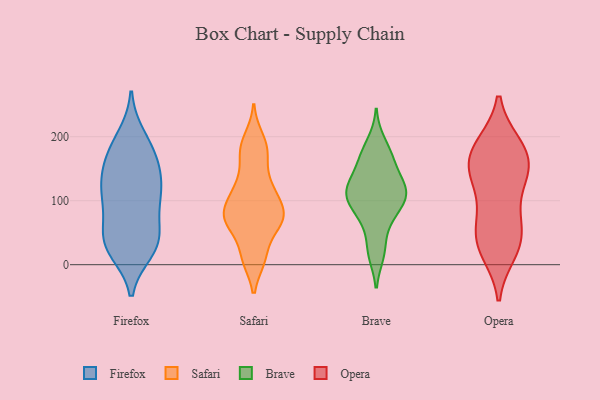
{"axis": {"x": "Bounce Rate (%)", "y": "Value"}, "legend": ["Brave", "Firefox", "Opera", "Safari"], "data": [{"x": "", "y": 111, "type": "Firefox"}, {"x": "", "y": 143, "type": "Firefox"}, {"x": "", "y": 181, "type": "Firefox"}, {"x": "", "y": 32, "type": "Firefox"}, {"x": "", "y": 199, "type": "Firefox"}, {"x": "", "y": 34, "type": "Firefox"}, {"x": "", "y": 159, "type": "Firefox"}, {"x": "", "y": 104, "type": "Firefox"}, {"x": "", "y": 42, "type": "Firefox"}, {"x": "", "y": 179, "type": "Firefox"}, {"x": "", "y": 145, "type": "Firefox"}, {"x": "", "y": 43, "type": "Firefox"}, {"x": "", "y": 33, "type": "Firefox"}, {"x": "", "y": 23, "type": "Firefox"}, {"x": "", "y": 120, "type": "Firefox"}, {"x": "", "y": 86, "type": "Firefox"}, {"x": "", "y": 104, "type": "Firefox"}, {"x": "", "y": 90, "type": "Safari"}, {"x": "", "y": 12, "type": "Safari"}, {"x": "", "y": 10, "type": "Safari"}, {"x": "", "y": 65, "type": "Safari"}, {"x": "", "y": 114, "type": "Safari"}, {"x": "", "y": 197, "type": "Safari"}, {"x": "", "y": 10, "type": "Safari"}, {"x": "", "y": 183, "type": "Safari"}, {"x": "", "y": 80, "type": "Safari"}, {"x": "", "y": 129, "type": "Safari"}, {"x": "", "y": 122, "type": "Safari"}, {"x": "", "y": 176, "type": "Safari"}, {"x": "", "y": 67, "type": "Safari"}, {"x": "", "y": 169, "type": "Safari"}, {"x": "", "y": 70, "type": "Safari"}, {"x": "", "y": 80, "type": "Safari"}, {"x": "", "y": 108, "type": "Safari"}, {"x": "", "y": 62, "type": "Safari"}, {"x": "", "y": 71, "type": "Safari"}, {"x": "", "y": 124, "type": "Brave"}, {"x": "", "y": 17, "type": "Brave"}, {"x": "", "y": 168, "type": "Brave"}, {"x": "", "y": 75, "type": "Brave"}, {"x": "", "y": 160, "type": "Brave"}, {"x": "", "y": 23, "type": "Brave"}, {"x": "", "y": 97, "type": "Brave"}, {"x": "", "y": 104, "type": "Brave"}, {"x": "", "y": 165, "type": "Brave"}, {"x": "", "y": 66, "type": "Brave"}, {"x": "", "y": 94, "type": "Brave"}, {"x": "", "y": 191, "type": "Brave"}, {"x": "", "y": 118, "type": "Brave"}, {"x": "", "y": 126, "type": "Brave"}, {"x": "", "y": 116, "type": "Brave"}, {"x": "", "y": 116, "type": "Brave"}, {"x": "", "y": 51, "type": "Opera"}, {"x": "", "y": 187, "type": "Opera"}, {"x": "", "y": 148, "type": "Opera"}, {"x": "", "y": 143, "type": "Opera"}, {"x": "", "y": 164, "type": "Opera"}, {"x": "", "y": 139, "type": "Opera"}, {"x": "", "y": 23, "type": "Opera"}, {"x": "", "y": 130, "type": "Opera"}, {"x": "", "y": 162, "type": "Opera"}, {"x": "", "y": 44, "type": "Opera"}, {"x": "", "y": 187, "type": "Opera"}, {"x": "", "y": 34, "type": "Opera"}, {"x": "", "y": 83, "type": "Opera"}, {"x": "", "y": 187, "type": "Opera"}, {"x": "", "y": 20, "type": "Opera"}, {"x": "", "y": 77, "type": "Opera"}]}